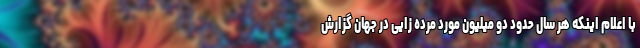
با اعلام اینکه هر سال حدود دو میلیون مورد مرده زایی در جهان گزارش